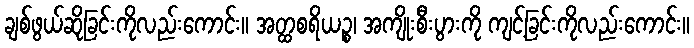
ချစ်ဖွယ်ဆိုခြင်းကိုလည်းကောင်း။ အတ္ထစရိယဉ္စ၊ အကျိုးစီးပွားကို ကျင့်ခြင်းကိုလည်းကောင်း။